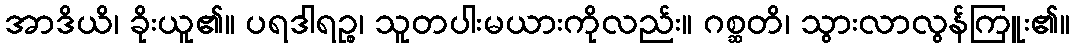
အာဒိယိ၊ ခိုးယူ၏။ ပရဒါရဉ္စ၊ သူတပါးမယားကိုလည်း။ ဂစ္ဆတိ၊ သွားလာလွန်ကြူး၏။